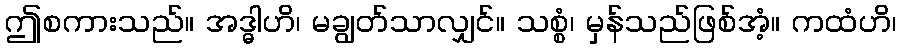
ဤစကားသည်။ အဒ္ဓါဟိ၊ မချွတ်သာလျှင်။ သစ္စံ၊ မှန်သည်ဖြစ်အံ့။ ကထံဟိ၊